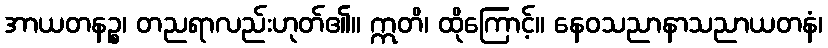
အာယတနဉ္စ၊ တညရာလည်းဟုတ်၏။ ဣတိ၊ ထိုကြောင့်။ နေဝသညာနာသညာယတနံ၊